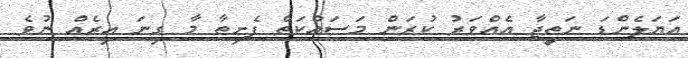
އަޔަލެންޑަ ނަތީޖާ އެއްވަރު ކުރަން މަސައްކަތް ފެށިތާ މާ ގިނަ އިރެއް ނުވެ